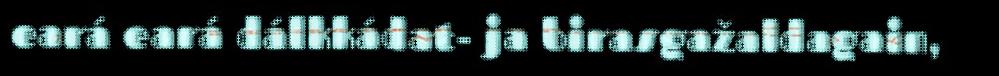
eará eará dálkkádat- ja birasgažaldagain,